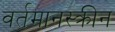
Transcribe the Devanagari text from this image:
वर्तमानस्क्रीन